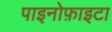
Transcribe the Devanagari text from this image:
पाइनोफ़ाइटा